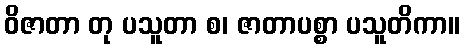
ဝိဇာတာ တု ပသူတာ စ၊ ဇာတာပစ္စာ ပသူတိကာ။